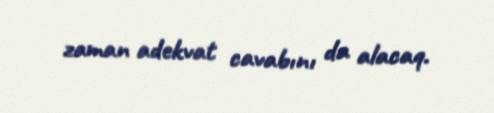
zaman adekvat cavabını da alacaq.